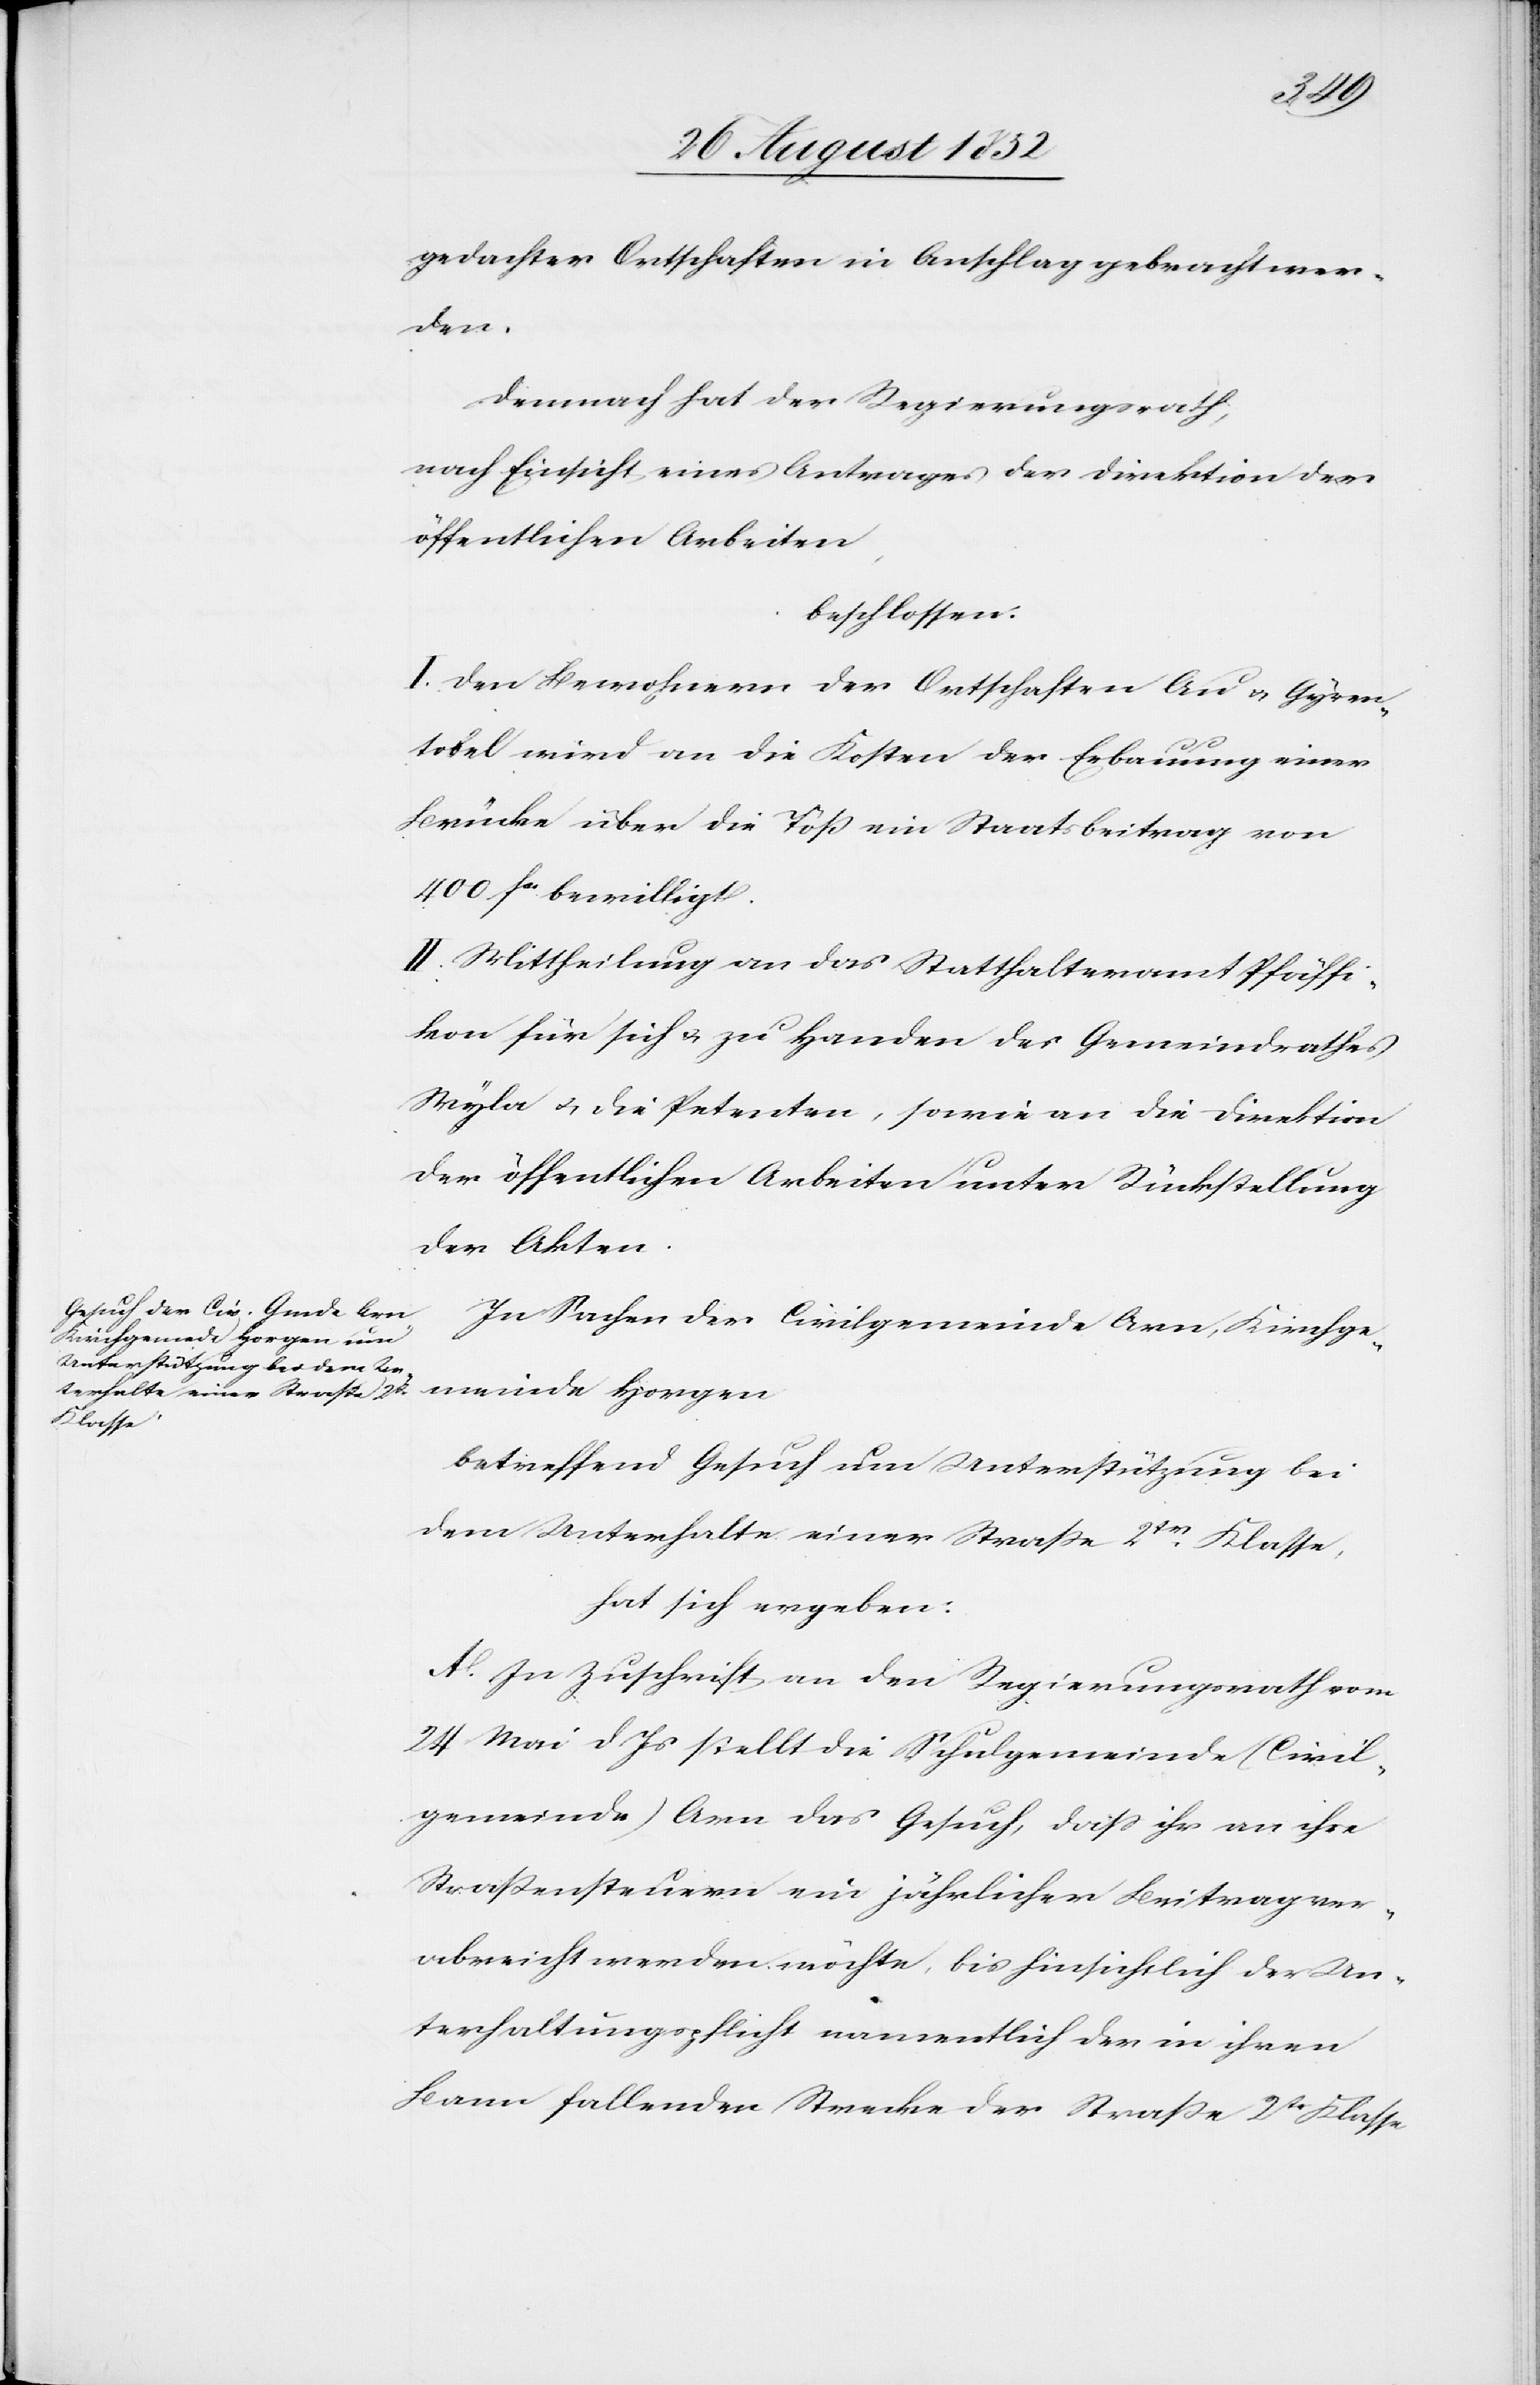
gedachter Ortschaften in Anschlag gebracht wer¬
den.
Demnach hat der Regierungsrath,
nach Einsicht eines Antrages der Direktion der
öffentlichen Arbeiten,
beschlossen:
I. Den Bewohnern der Ortschaften Au & Gyren¬
tobel wird an die Kosten der Erbauung einer
Brücke über die Töß ein Staatsbeitrag von
400 fcs. bewilligt.
II. Mittheilung an das Statthalteramt Pfäffi¬
kon für sich & zu Handen des Gemeindrathes
Wyla & die Petenten, sowie an die Direktion
der öffentlichen Arbeiten unter Rückstellung
der Akten.
In Sachen der Civilgemeinde Arn, Kirchge¬
meinde Horgen
betreffend Gesuch um Unterstützung bei
dem Unterhalte einer Strasse 2tr Klasse,
hat sich ergeben:
A. In Zuschrift an den Regierungsrath vom
24 Mai d. Js stellt die Schulgemeinde (Civil¬
gemeinde) Arn das Gesuch, dass ihr an ihre
Straßensteuern ein jährlicher Beitrag ver¬
abreicht werden möchte, bis hinsichtlich der Un¬
terhaltungspflicht namentlich der in ihren
Bann fallenden Strecke der Straße 2tr Klasse